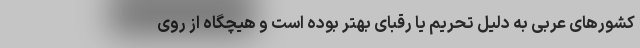
کشورهای عربی به دلیل تحریم یا رقبای بهتر بوده است و هیچگاه از روی